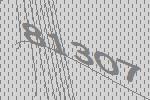
81307